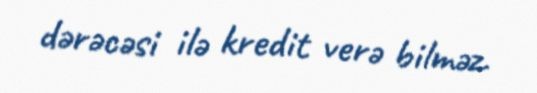
dərəcəsi ilə kredit verə bilməz.